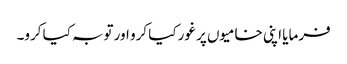
فرمایا اپنی خامیوں پر غور کیا کرو اور توبہ کیا کرو۔